Vaccination report Assam 1896-1927 - 1896-1927
Year: 1896
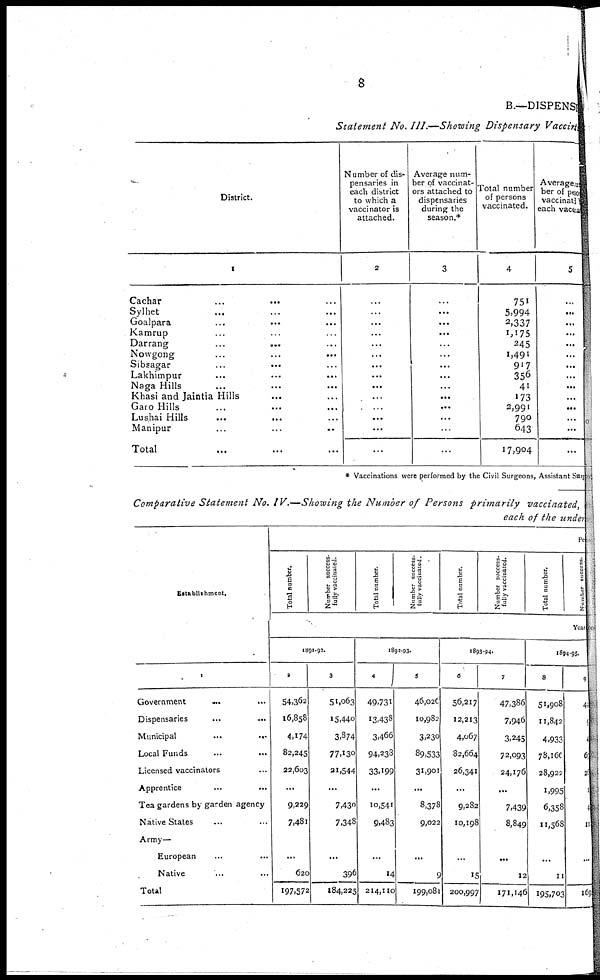
8
B.—DISPENSRY
Statement No. III.—Showing Dispensary Vaccina
District.
1
Cachar... ... ...
Sylhet... ... ...
Goalpara... ... ...
Kamrup... ... ...
Darrang...
...
...
Nowgong...
...
...
Sibsagar... ... ...
Lakhimpur...
...
...
Naga Hills... ... ...
Khasi and Jaintia Hills... ...
Garo Hills... ... ...
Lushai
Hills...
...
...
Manipur... ... ...
Total...
Number of dis-
pensaries in
each district
to which a
vaccinator is
attached.
2
...
...
...
...
...
...
...
...
...
...
...
...
...
...
Average num-
ber of vaccinat-
ors attached to
dispensaries
during the
season.*
3
...
...
...
...
...
...
...
...
...
...
...
...
...
...
Total number
of persons
vaccinated.
4
751
5,994
2,337
1,175
245
1,491
917
356
41
173
2,991
790
643
17,904
Average num
ber of person
vaccinated
each vaccina
5
...
...
...
...
...
...
...
...
...
...
...
...
...
...
* Vaccinations were performed by the Civil Surgeons, Assistant Surg
Comparative Statement No. IV.—Showing the Number of Persons primarily vaccinated,
each of the under
Establishment.
1
Government ... ...
Dispensaries...
...
...
Municipal...
...
...
Local Funds... ...
Licensed vaccinators...
Apprentice...
...
Tea gardens by garden ageney... ...
Native States
Army—
European
Native
Total
Pe
Total number.
Number success-
fully vaccinated.
Total number.
Number success-
fully vaccinated.
Total number.
Number success-
fully vaccinated.
Total number.
Number success.
Year
1891-92.
2
54,362
16,858
4,174
82,245
22,603
...
9,229
7,481
...
620
197,572
3
51,063
15,440
3,874
77,130
21,544
...
7,430
7,343
...
396
184,225
1892-93.
4
49,731
13,433
3,466
94,238
33,199
...
10,541
9,483
...
14
214,110
5
46,026
10,982
3,230
89,533
31,901
...
8,378
9,022
...
9
199,081
1893-94.
6
56,217
12,213
4,067
82,664
26,341
...
9,282
10,198
...
15
200,997
7
47,386
7,946
3,245
72,093
24,176
...
7,439
8,849
...
12
171,146
1894-95.
8
51,908
11,842
4,933
78,166
28,922
1,995
6,358
11,568
...
11
195,703
9
4
9
4
67
26
1
4
11
...
169